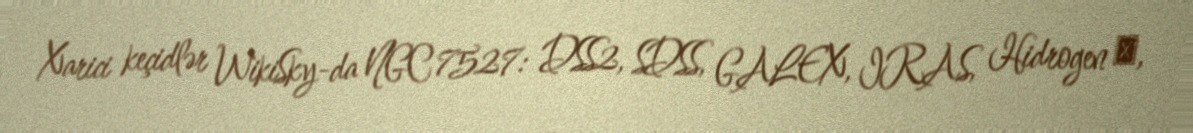
Xarici keçidlər WikiSky-da NGC 7527: DSS2, SDSS, GALEX, IRAS, Hidrogen α,